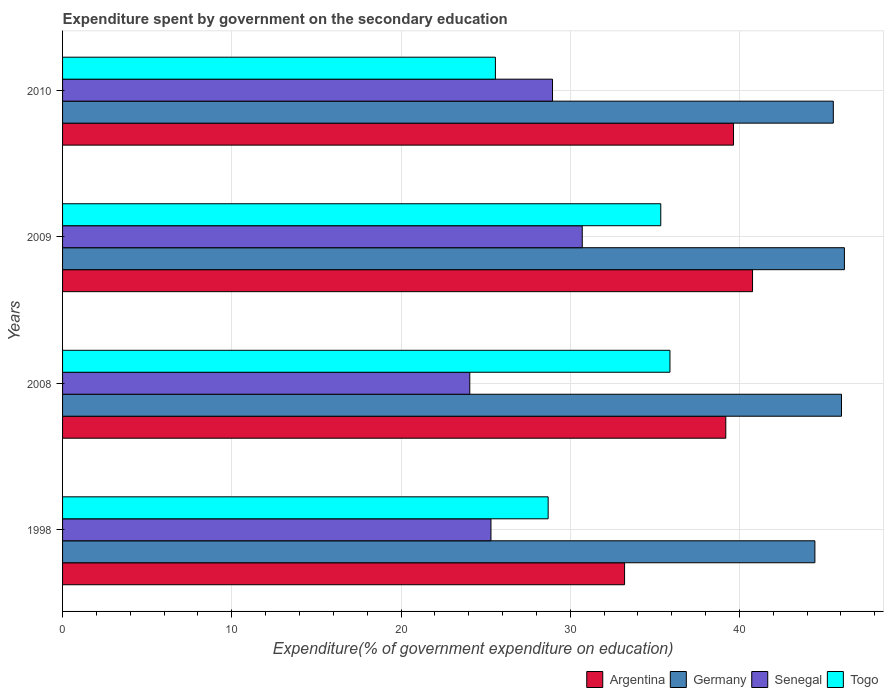
| Years | Argentina | Germany | Senegal | Togo |
 | --- | --- | --- | --- | --- |
 | 1998 | 33.2 | 44.5 | 25.3 | 28.7 |
 | 2008 | 39.2 | 46 | 24.1 | 35.9 |
 | 2009 | 40.8 | 46.2 | 30.7 | 35.4 |
 | 2010 | 39.6 | 45.5 | 29 | 25.6 |